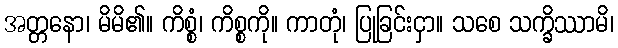
အတ္တနော၊ မိမိ၏။ ကိစ္စံ၊ ကိစ္စကို။ ကာတုံ၊ ပြုခြင်းငှာ။ သစေ သက္ခိဿာမိ၊